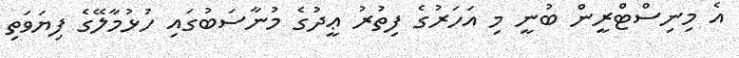
އެ މިނިސްޓްރީން ބުނީ މި އަހަރުގެ ފިތުރު ޢީދުގެ މުނާސަބުގައި ހުޅުމާލޭގެ ފިޔަވަތި